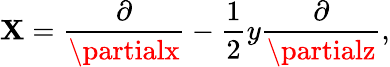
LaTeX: \mathbf{X}={\frac{{\partial}}{{\partialx}}}-{\frac{{1}}{{2}}}y{\frac{{\partial}}{{\partialz}}},